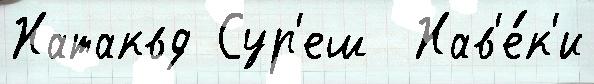
Натаквд Сур'еш  Нав'е́к'и